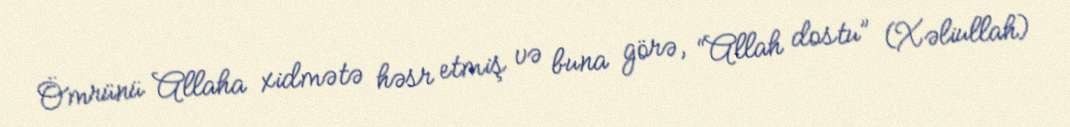
Ömrünü Allaha xidmətə həsr etmiş və buna görə, “Allah dostu” (Xəliullah)